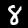
Digit: 8